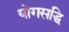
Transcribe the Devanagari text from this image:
योगसद्धि